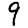
Digit: 9